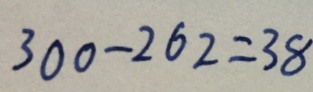
3 0 0 - 2 6 2 = 3 8